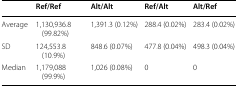
<table><thead><tr><td></td><td><b>Ref/Ref</b></td><td><b>Alt/Alt</b></td><td><b>Ref/Alt</b></td><td><b>Alt/Ref</b></td></tr></thead><tbody><tr><td>Average</td><td>1,130,936.8 (99.82%)</td><td>1,391.3 (0.12%)</td><td>288.4 (0.02%)</td><td>283.4 (0.02%)</td></tr><tr><td>SD</td><td>124,553.8 (10.9%)</td><td>848.6 (0.07%)</td><td>477.8 (0.04%)</td><td>498.3 (0.04%)</td></tr><tr><td>Median</td><td>1,179,088 (99.9%)</td><td>1,026 (0.08%)</td><td>0</td><td>0</td></tr></tbody></table>